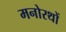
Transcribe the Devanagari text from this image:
मनोरथों